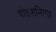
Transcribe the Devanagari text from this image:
षोडशनित्या